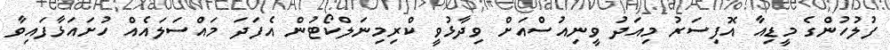
ފުލުހުންގެ މީޑިއާ އޮފިސަރު މިއަދު ވީނިއުސްއަށް ވިދާޅުވީ ކްރިމިނަލްކޯޓުން އެފަދަ މައްސަލައެއް ހުށައަޅާފައިވާ